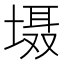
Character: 𱗝